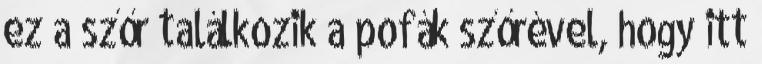
ez a szőr találkozik a pofák szőrével, hogy itt